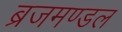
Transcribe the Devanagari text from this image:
ब्रजमण्डल